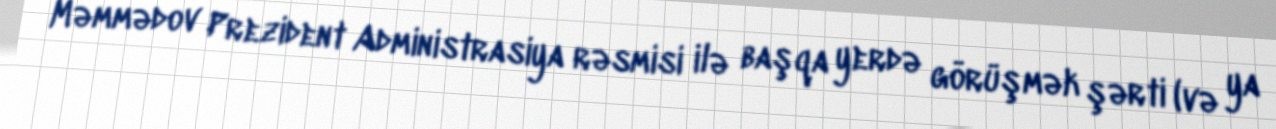
Məmmədov Prezident Administrasiya rəsmisi ilə başqa yerdə görüşmək şərti (və ya